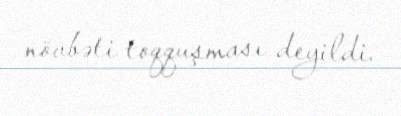
növbəti toqquşması deyildi.